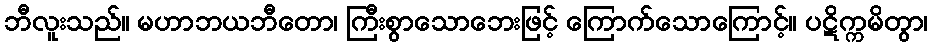
ဘီလူးသည်။ မဟာဘယဘီတော၊ ကြီးစွာသောဘေးဖြင့် ကြောက်သောကြောင့်။ ပဋိက္ကမိတွာ၊